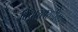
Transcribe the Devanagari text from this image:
विचारसरणीबद्दल